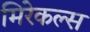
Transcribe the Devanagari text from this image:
मिरेकल्स